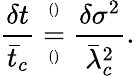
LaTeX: \frac{\delta t}{\bar{t}_{c}}\overset{^{()}}{\underset{^{()}}{=}}\frac{\delta\sigma^{2}}{\bar{\lambda}_{c}^{2}}.